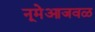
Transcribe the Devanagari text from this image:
नूमेआजवळ